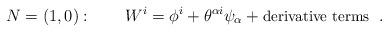
LaTeX: \begin{align*}N=(1,0):\qquad W^i = \phi^i + \theta^{\alpha i}\psi_\alpha + \mbox{\small derivative terms }\;.\end{align*}